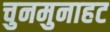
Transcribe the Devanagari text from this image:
चुनमुनाहट